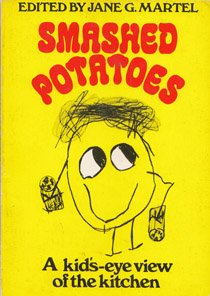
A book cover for Smashed Potatoes: A Kid'S-Eye View of the Kitchen; Jane G. Martel; Cookbooks, Food & Wine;